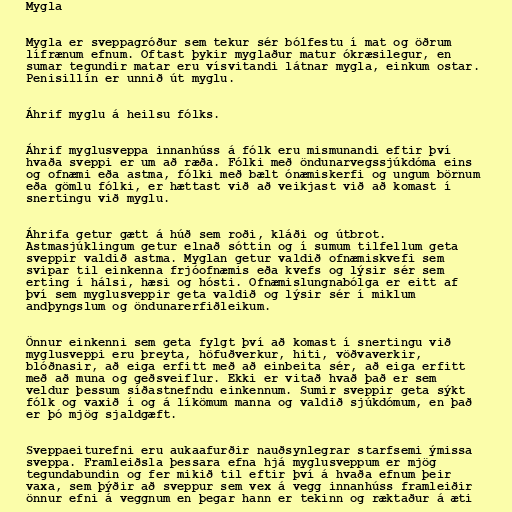
Mygla

Mygla er sveppagróður sem tekur sér bólfestu í mat og öðrum
lífrænum efnum. Oftast þykir myglaður matur ókræsilegur, en
sumar tegundir matar eru vísvitandi látnar mygla, einkum ostar.
Penisillín er unnið út myglu.

Áhrif myglu á heilsu fólks.

Áhrif myglusveppa innanhúss á fólk eru mismunandi eftir því
hvaða sveppi er um að ræða. Fólki með öndunarvegssjúkdóma eins
og ofnæmi eða astma, fólki með bælt ónæmiskerfi og ungum börnum
eða gömlu fólki, er hættast við að veikjast við að komast í
snertingu við myglu.

Áhrifa getur gætt á húð sem roði, kláði og útbrot.
Astmasjúklingum getur elnað sóttin og í sumum tilfellum geta
sveppir valdið astma. Myglan getur valdið ofnæmiskvefi sem
svipar til einkenna frjóofnæmis eða kvefs og lýsir sér sem
erting í hálsi, hæsi og hósti. Ofnæmislungnabólga er eitt af
því sem myglusveppir geta valdið og lýsir sér í miklum
andþyngslum og öndunarerfiðleikum.

Önnur einkenni sem geta fylgt því að komast í snertingu við
myglusveppi eru þreyta, höfuðverkur, hiti, vöðvaverkir,
blóðnasir, að eiga erfitt með að einbeita sér, að eiga erfitt
með að muna og geðsveiflur. Ekki er vitað hvað það er sem
veldur þessum síðastnefndu einkennum. Sumir sveppir geta sýkt
fólk og vaxið í og á líkömum manna og valdið sjúkdómum, en það
er þó mjög sjaldgæft.

Sveppaeiturefni eru aukaafurðir nauðsynlegrar starfsemi ýmissa
sveppa. Framleiðsla þessara efna hjá myglusveppum er mjög
tegundabundin og fer mikið til eftir því á hvaða efnum þeir
vaxa, sem þýðir að sveppur sem vex á vegg innanhúss framleiðir
önnur efni á veggnum en þegar hann er tekinn og ræktaður á æti